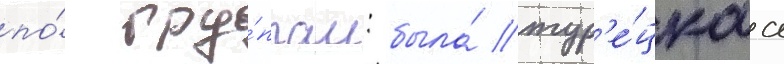
по́ гру́ппам: была́ тур'е́цкаа